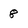
Character: 8